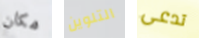
مكان التلوين تدعى